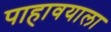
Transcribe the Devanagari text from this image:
पाहावयाला